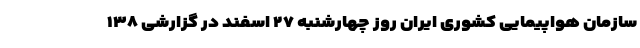
سازمان هواپیمایی کشوری ایران روز چهارشنبه ۲۷ اسفند در گزارشی ۱۳۸